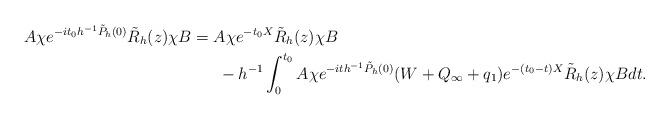
LaTeX: \begin{align*}A\chi e^{-it_0h^{-1}\tilde{P}_h(0)} \tilde{R}_h(z)\chi B=&\;A\chi e^{-t_0X}\tilde{R}_h(z)\chi B\\&\;\;-h^{-1}\int_0^{t_0}A\chi e^{-ith^{-1}\tilde{P}_h(0)}(W+Q_\infty+q_1) e^{-(t_0-t)X}\tilde{R}_h(z)\chi Bdt.\end{align*}